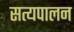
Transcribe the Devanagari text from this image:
सत्यपालन